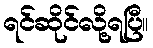
ရင်ဆိုင်လို့ရပြီ။